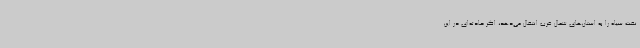
نفت سیاه را به استان‌های شمال غرب انتقال می‌دهد، اگر حادثه‌ای در این